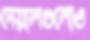
দেয়ালগুলোও